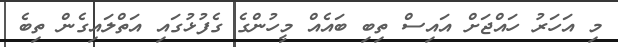
މި އަހަރު ހައްޖަށް އައިސް ތިބި ބައެއް މީހުންގެ ގެފުޅުގައި އަތްލައިގެން ތިބެ